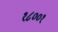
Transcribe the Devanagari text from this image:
१८००१